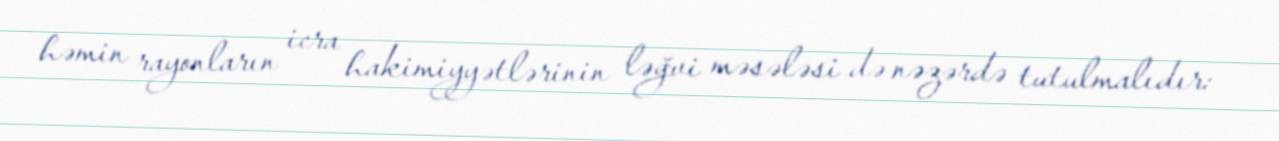
həmin rayonların icra hakimiyyətlərinin ləğvi məsələsi də nəzərdə tutulmalıdır: